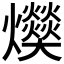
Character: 𤓔